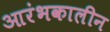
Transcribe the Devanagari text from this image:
आरंभकालीन